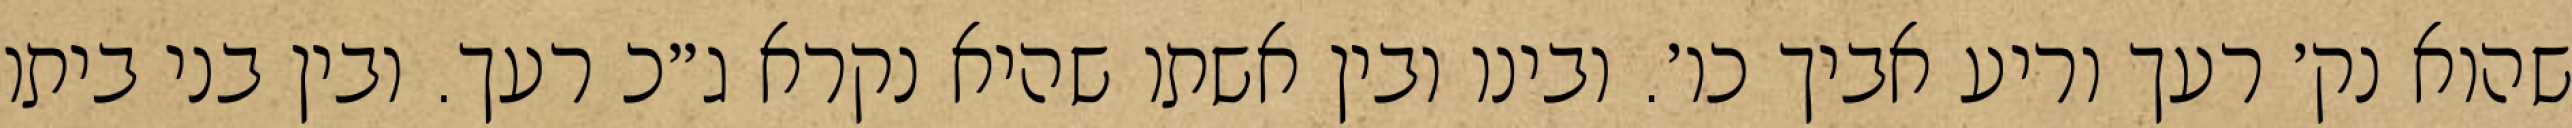
שהוא נק׳ רעך וריע אביך כו׳. ובינו ובין אשתו שהיא נקרא ג״כ רעך. ובין בני ביתו